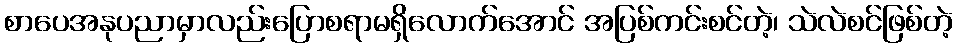
စာပေအနုပညာမှာလည်းပြောစရာမရှိလောက်အောင် အပြစ်ကင်းစင်တဲ့၊ သဲလဲစင်ဖြစ်တဲ့